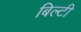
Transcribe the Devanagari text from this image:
बिल्टी